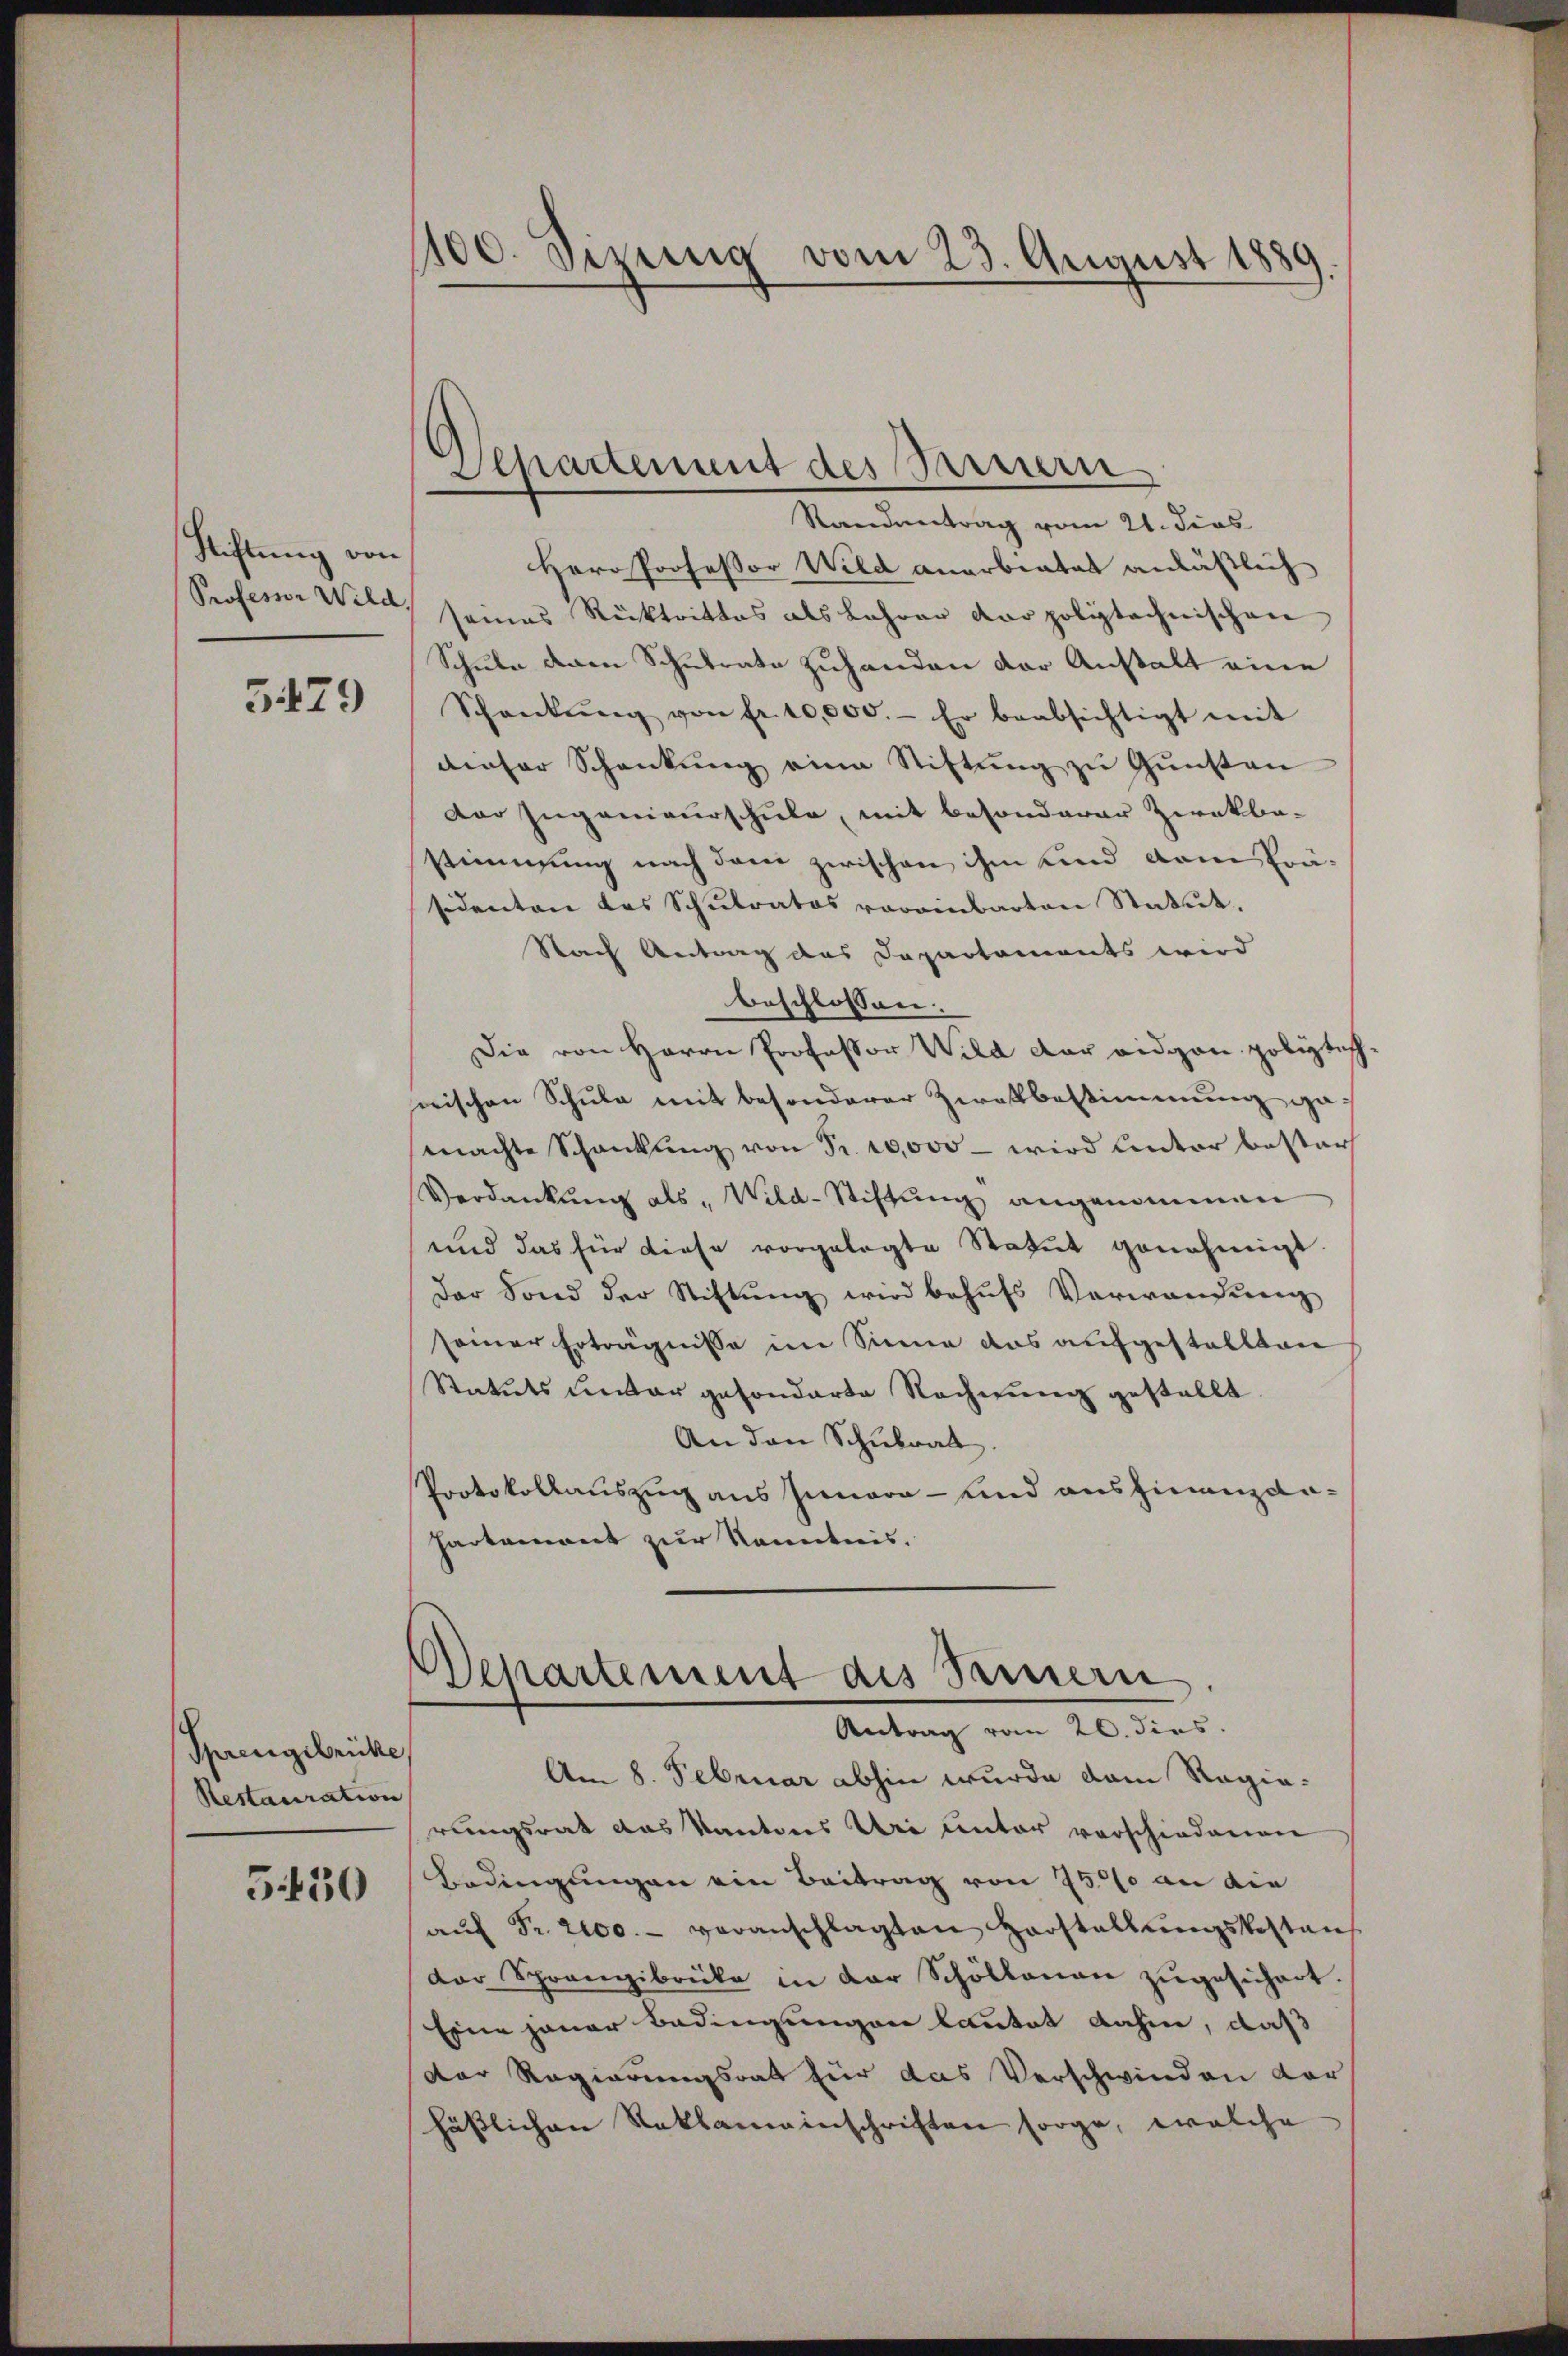
Stiftung von

5479

Sprengebricke
Restauration

5430

1100. Sizung vom 23. August 1889

Herr Professor Wild anarbeitet anläßlich
Professor Wild, seines Rücktrittes als Lehrer der polytechnischen
Schule deren Schulrate zuhanden der Anstalt eine
Schankŭng von fr. 10,000.- Er beabsichtigt mit
dieser Schankŭng eine Stiftŭng zŭ Gŭnsten
Der Ingenieurschule, mit besonderer Ziekba-
stimmung nach dem zwischen ihm und dem Präsidenten des Schulrates voreinbarten Statut.
Nach Antrag das Departaments wird
beschlossen.
Die von Herrn Professor Wild der eidgan polytech-
wischen Schule mit besonderer Zwekbestimmung gemachte Schankŭng von Fr. 10,000 – wird unter bester
Verdankŭng als „Wild-Stiftŭng angenommen
und das für diese vorgelegte Statut genehmigt.
der Sond der Stiftŭng wird behŭfs Verwandung
seiner Erträgnisse im Sinne das aufgestellten
Statuts unter gesonderte Rechnung gestellt
An den Schulrat.
Protokollauszug aus Innern - und ausfinanzdi¬
Partement zur Kenntnis.

.
Separtement des Sauern
Standentrag vom 21. dies

Departement des Seinern
Antrag vom 20. dies.

Am 8. Februar abhin wurde dem Ragia-
rungsrat das Kantons Uri unter vorschiedenen
Bedingungen ein Beitrag von 7500 an die
aŭf Fr. 2000.- veranschlagten Horstellŭngskosten
der Sprangibrücke in der Schöllonen zugesichert.
Eine jener Bedingungen lautet dahin, daß
Der Regierungsrat für das Verschwinden dar
hässlichen Reklameinschriften sorge, welche